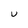
Character: v